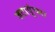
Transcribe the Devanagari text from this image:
जटायूंच्या